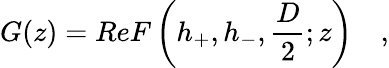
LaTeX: G(z)=ReF\left(h_{+},h_{-},\frac{D}{2};z\right)\quad,